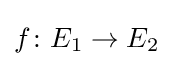
f\colon E_{1}\to E_{2}